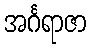
အင်္ဂရာဇာ